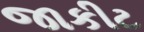
જાકીટ